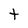
Character: t